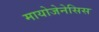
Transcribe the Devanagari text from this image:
मायोजेनेसिस